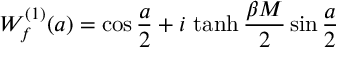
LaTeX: W _ { f } ^ { ( 1 ) } ( a ) = \cos { \frac { a } { 2 } } + i \, \operatorname { t a n h } { \frac { \beta M } { 2 } } \sin { \frac { a } { 2 } }